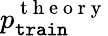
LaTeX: p_{\mathtt{train}}^{\mathrm{~t~h~e~o~r~y~}}